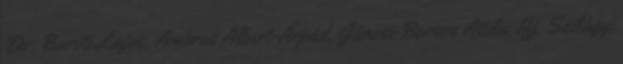
Dr. Baróti Lajos, Ambrus Albert-Árpád, Jánosi-Borsos Attila, Ifj. Szilágyi